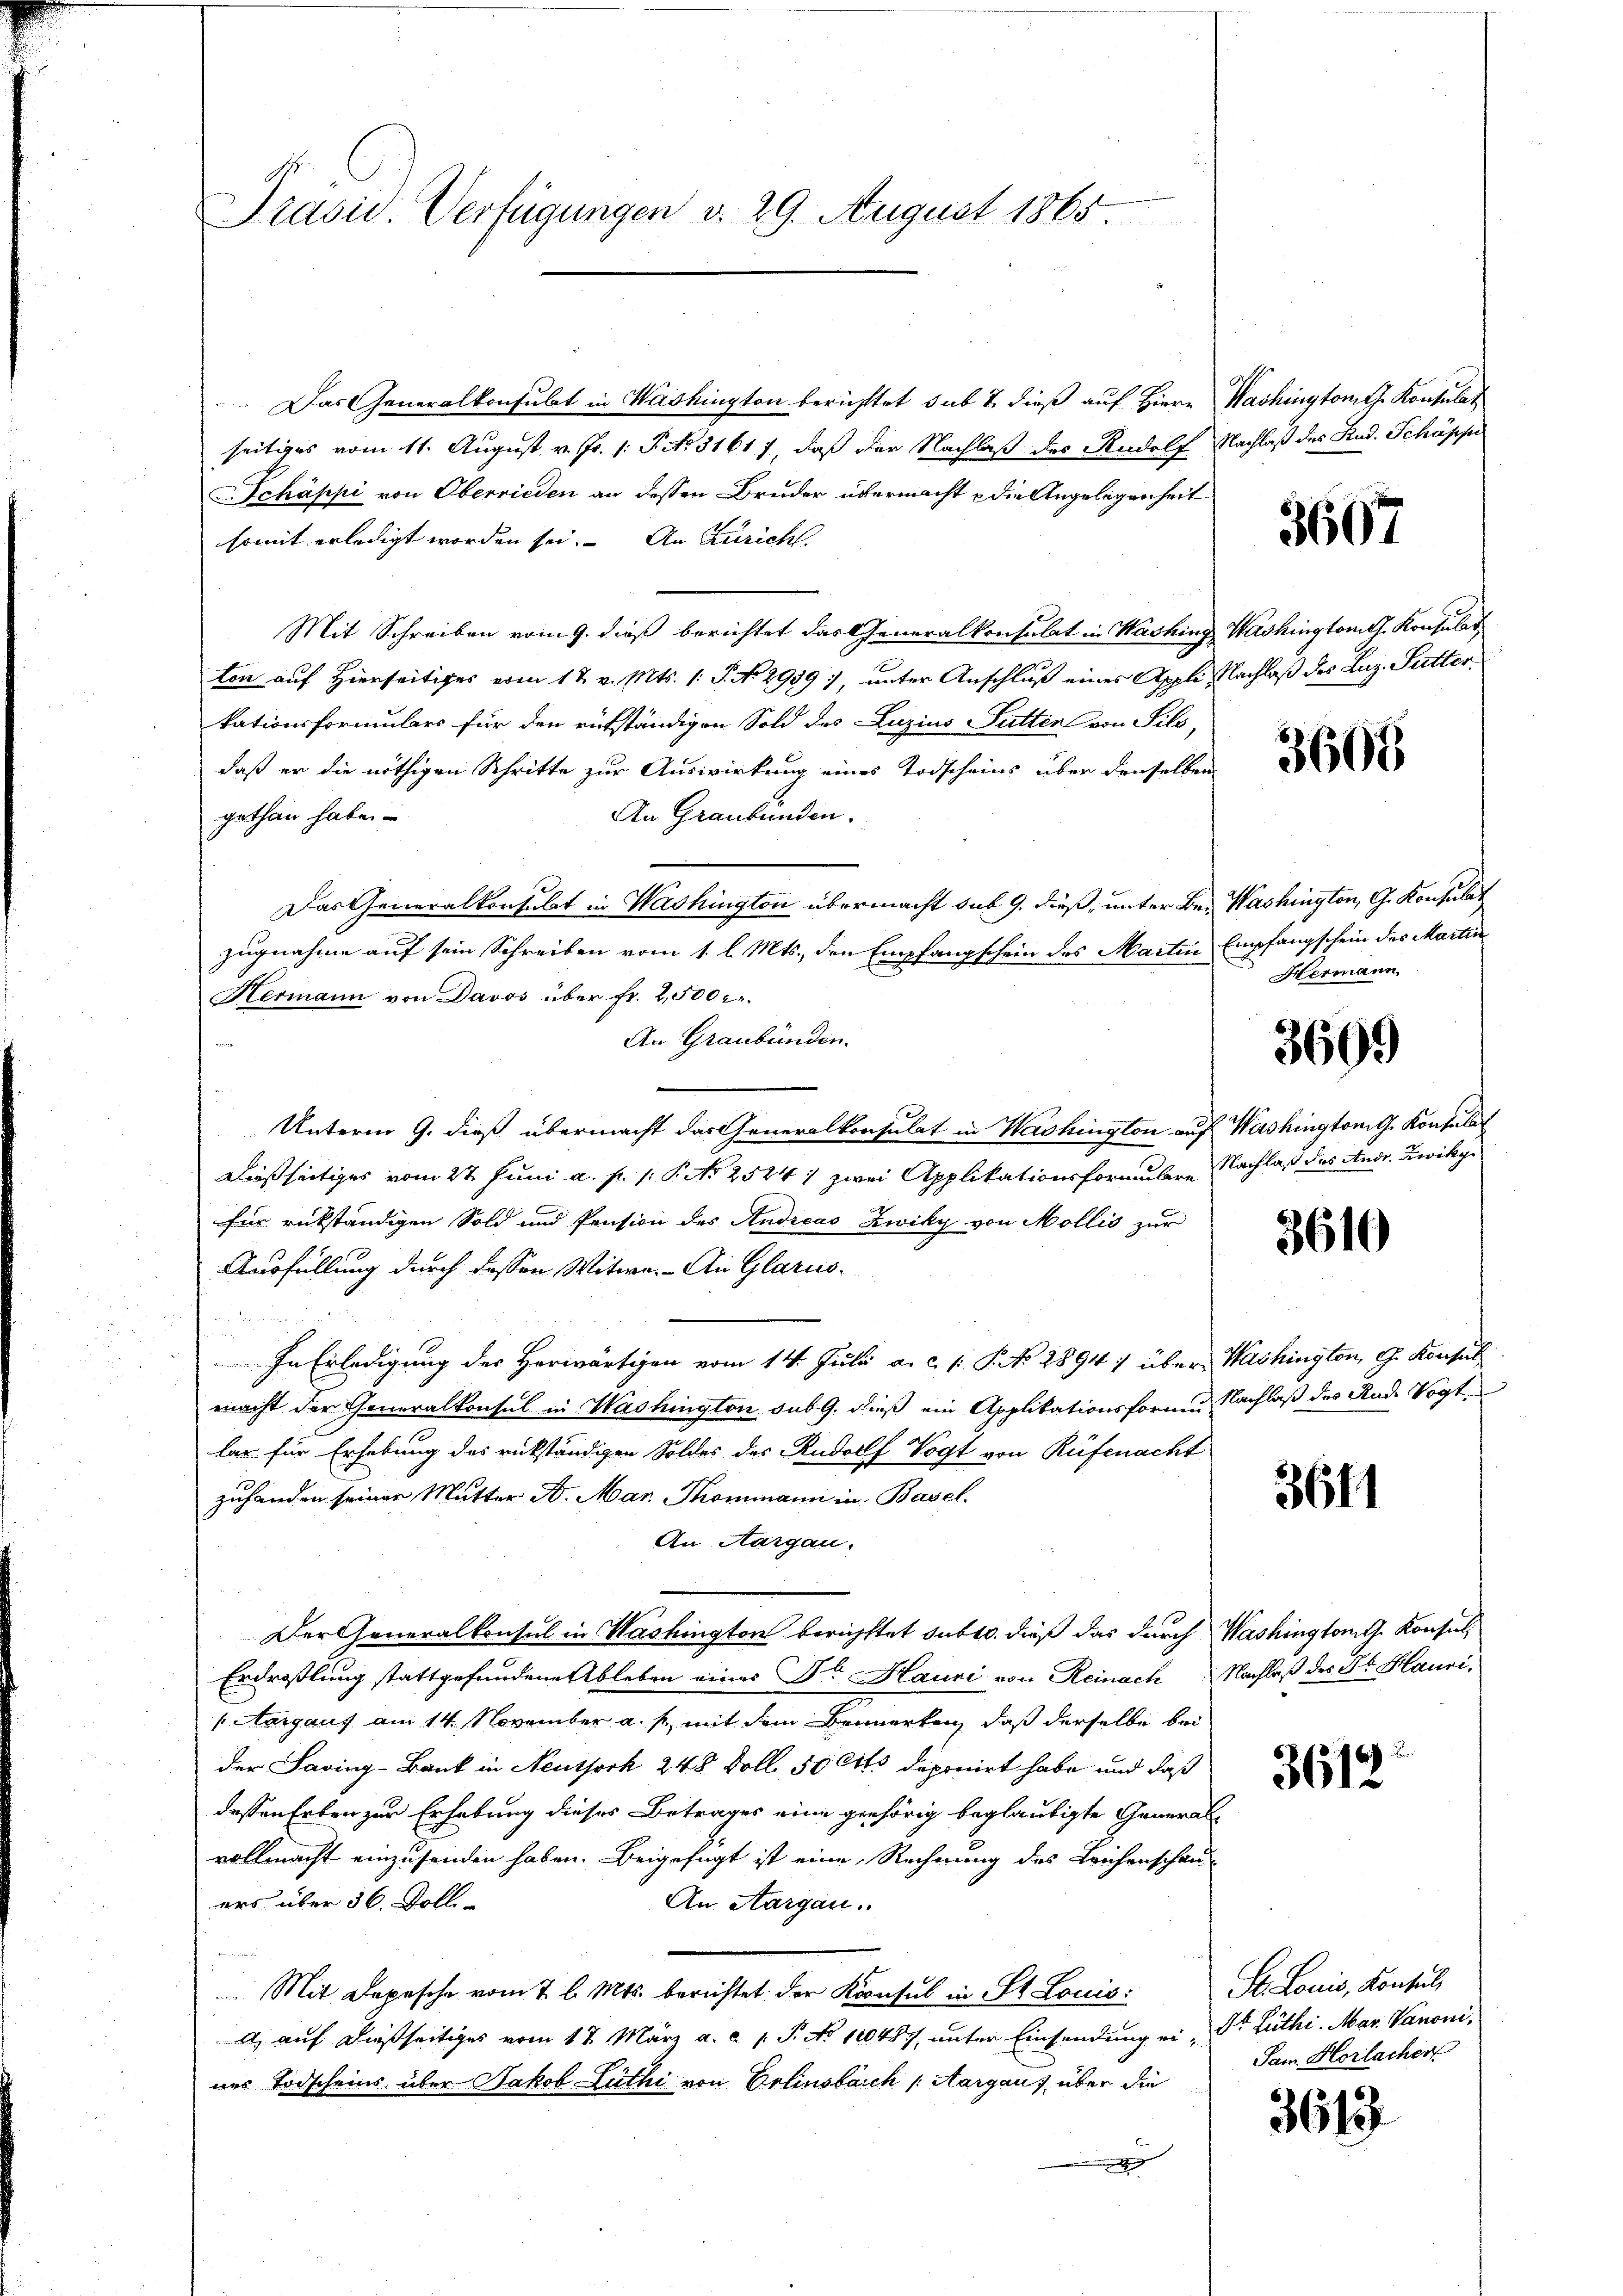
Präsid. Verfügungen v. 29. August 1865.

Das Generalkonsulat in Washington berichtet sub 7. dieß auf Hiere Washingtont. Kontulat
seitiges vom 11. August v. Js. 1. P. No. 31617, daß der Nachlaß des Rudolf Nachlaß des Rud. Schöppe
v. Schäppi von Oberrieden an dessen Bruder übermacht & die Angelegenheit
somit erledigt worden sei. An Züricht.
Mit Schreiben vom 9. dieß berichtet das Generalkonsulat in Washing Washingtont. Konsulat
ton auf Hierseitiges vom 17. v. Mts. 1. P. No 2939), unter Anschluß eines Appli Nachlaß des Luz. Sutterkationsformulars für den rükständigen Sold des Luzius Futter von Fili,
daß er die nöthigen Schritte zur Auswirkung eines Todscheins über denselben
An Graubünden.
gethan habe
Das Generalkonsulat in Washington übermacht sub 9. dieß, unter Be- Washington, G. Konsulat
zugnahme auf sein Schreiben vom 1. l. Mts., den Empfangschein des Martin Empfangschein des Martin
Hermann von Davos über fr. 2,500.
An Graubünden.
Unterm 9. dieß übermacht das Generalkonsulat in Washington auf Washington G. Konsulat
Dießseitiges vom 27. Juni a. p. 1. P. No 2524 1 zwei Applikationsformulare Nachlaß das Andr. Zwikyfür rükständigen Sold und Pension des Andreas Zwiky von Mollis zur
Ausfüllung durch dassen Witwe. An Glarus.
In Erledigung des Herwärtigen vom 14. Julii a. c. 1. P. No. 2894 1 über Mishington G. Konsul
macht der Generalkonsul in Washington sub 9. dieß ein Applikationsforme Nachlaß des Rud. Vogt
lar für Erhebung des rückständigen Soldes des Rudolf Vogt von Rüfenacht
zuhanden seiner Mutter A. Mar. Thommann in Basel.
An Aargau.
Der Generalkonsul in Washington berichstet sub 10. dieß das durch Washingtamts Konsul,
Erdroßlung stattgefundene Ableben einer Dr Hauni von Reinach Nachlaß des Fr. Hauri¬
Aargaus am 14. November a. f., mit dem Bemerken, daß derselbe bei
der Saving-Bank in Neuthork 248 Doll 50 Cts deponirt habe und daß
dessen Erben zur Erhebung dieses Betrages eine gehörig beglaubigte Generalvollmacht einzusenden haben. Beigefügt ist eine Rechnung des Leichenschau-
ers über 36. Doll
An Aargau.
 Mit Depesche vom 7 l. Mts. berichtet: der Kronsul in St. Louis:
) auf dießseitiges vom 17. März a. c. s. S. No 110487, unter Einsendung ein Dr. Lüthi- Mar. Vanoni,
nes Todscheins über Jakob Lüthi von Erlinsbach Aargauf, über die

3607

3605

Hermann

3609

3610

3611

3612

St. Louis, Konsul,
Sam. Horlacher

3613.